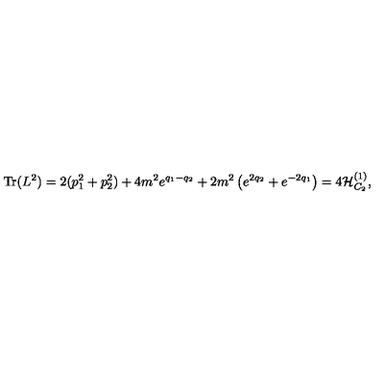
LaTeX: \mathrm { T r } ( L ^ { 2 } ) = 2 ( p _ { 1 } ^ { 2 } + p _ { 2 } ^ { 2 } ) + 4 m ^ { 2 } e ^ { q _ { 1 } - q _ { 2 } } + 2 m ^ { 2 } \left( e ^ { 2 q _ { 2 } } + e ^ { - 2 q _ { 1 } } \right) = 4 { \cal H } _ { C _ { 2 } } ^ { ( 1 ) } ,